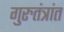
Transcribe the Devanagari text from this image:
गुरुतंत्रांत